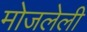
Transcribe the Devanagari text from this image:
मोजलेली